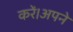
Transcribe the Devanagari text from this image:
करें।अपने